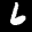
Label: 6